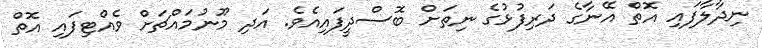
ނިދާލާފައި އޮތް އޭނާގެ ދަރިފުޅުގެ ނިތަށް ބޮސްދީފައިއެވެ. އަދި މޫނުމައްޗަށް ވެއްޓިފައި އޮތް